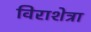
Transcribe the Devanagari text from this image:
विराशेत्रा